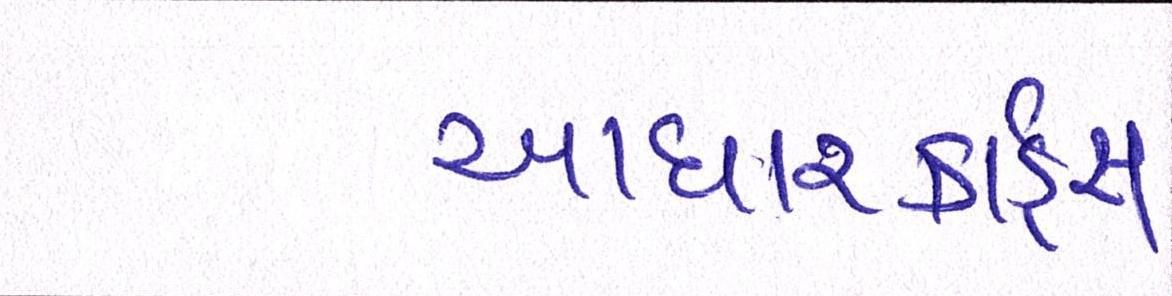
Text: આધારકાર્ડ્સ